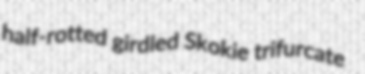
half-rotted girdled Skokie trifurcate